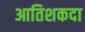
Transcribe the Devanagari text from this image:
आतिशकदा